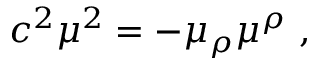
c ^ { 2 } \mu ^ { 2 } = - \mu _ { \rho } \mu ^ { \rho } \ ,